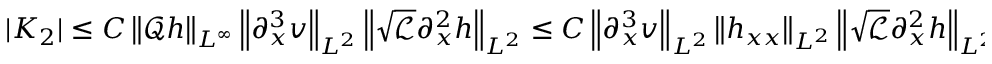
| K _ { 2 } | \leq C \left\| \mathscr { Q } h \right\| _ { L ^ { \infty } } \left\| \partial _ { x } ^ { 3 } v \right\| _ { L ^ { 2 } } \left\| \sqrt { \mathscr { L } } \partial _ { x } ^ { 2 } h \right\| _ { L ^ { 2 } } \leq C \left\| \partial _ { x } ^ { 3 } v \right\| _ { L ^ { 2 } } \left\| h _ { x x } \right\| _ { L ^ { 2 } } \left\| \sqrt { \mathscr { L } } \partial _ { x } ^ { 2 } h \right\| _ { L ^ { 2 } } ,